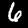
Digit: 6